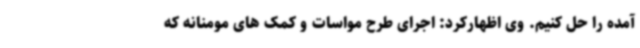
آمده را حل کنیم. وی اظهارکرد: اجرای طرح مواسات و کمک های مومنانه که